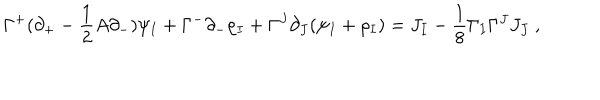
\Gamma ^ { + } ( \partial _ { + } - \frac { 1 } { 2 } A \partial _ { - } ) \psi _ { I } + \Gamma ^ { - } \partial _ { - } \rho _ { I } + \Gamma ^ { J } \partial _ { J } ( \psi _ { I } + \rho _ { I } ) = J _ { I } - \frac { 1 } { 8 } \Gamma _ { I } \Gamma ^ { J } J _ { J } ~ ,